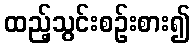
ထည့်သွင်းစဉ်းစား၍